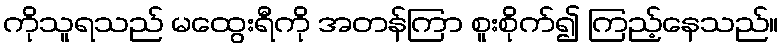
ကိုသူရသည် မထွေးရီကို အတန်ကြာ စူးစိုက်၍ ကြည့်နေသည်။